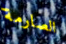
الصارمة